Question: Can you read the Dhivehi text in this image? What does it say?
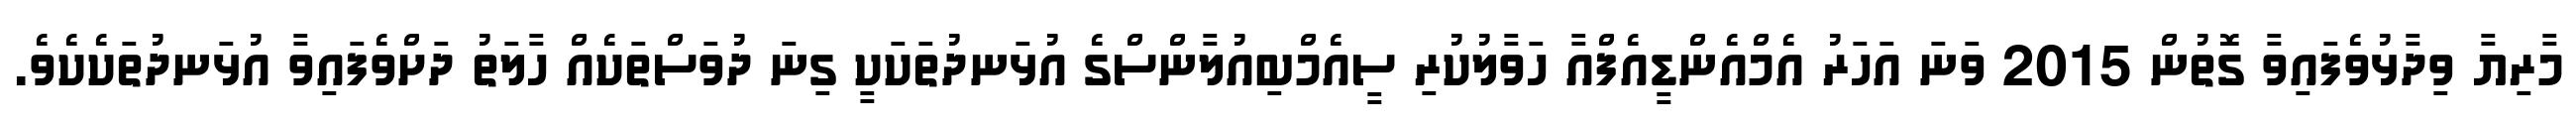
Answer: މާރިޔާ ވިދާޅުވެފައިވާ ގޮތުން 2015 ވަނަ އަހަރު އެމްއެންޑީއެފްއާ ހަވާލުކުރި ސީއެމްބިއުލާންސްގެ އުޅަނދުތަކަކީ ގިނަ ދުވަސްތަކެއް ހާލަތު ދަށްވެފައިވާ އުޅަނދުތަކެކެވެ.